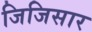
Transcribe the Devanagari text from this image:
जिजिसार